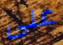
على